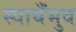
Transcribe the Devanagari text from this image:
स्वायँभुव